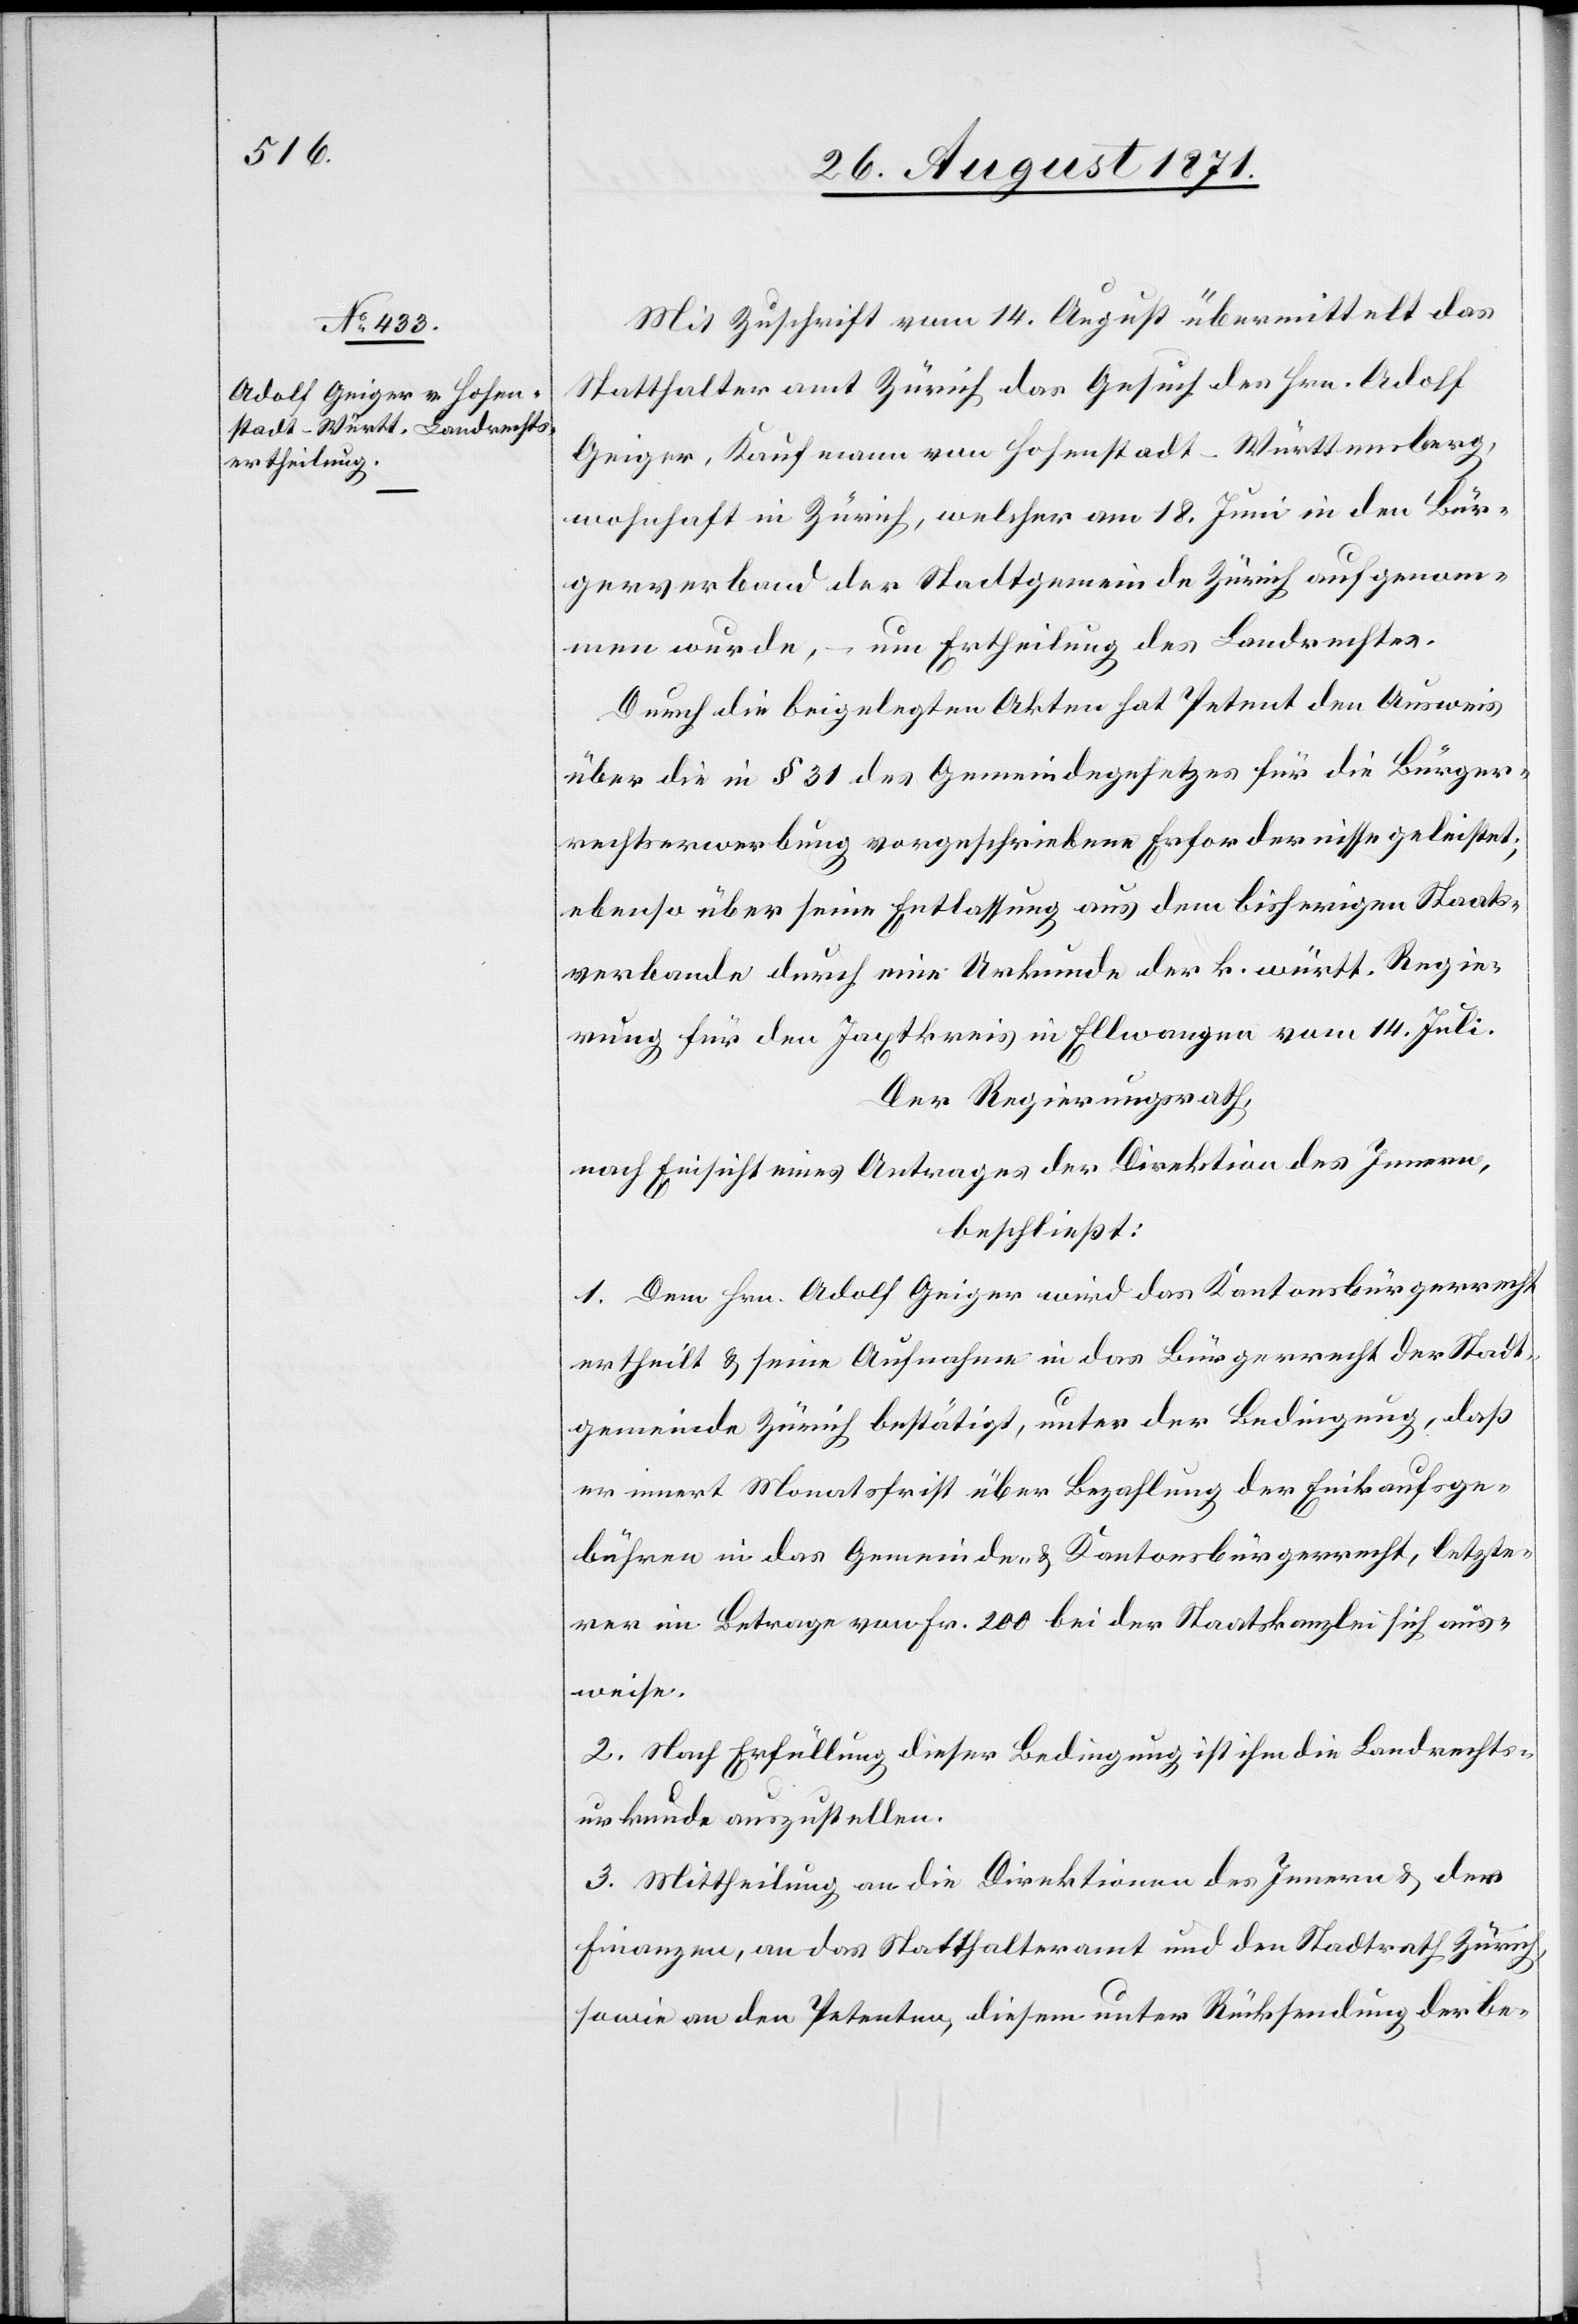
Mit Zuschrift vom 14. August übermittelt das
Statthalteramt Zürich das Gesuch des Hrn. Adolf
Geiger, Kaufmann von Hohenstadt-Württemberg,
wohnhaft in Zürich, welcher am 18. Juni in den Bür¬
gerverband der Stadtgemeinde Zürich aufgenom¬
men wurde, – um Ertheilung des Landrechtes.
Durch die beigelegten Akten hat Petent den Ausweis
über die in § 31 des Gemeindegesetzes für die Bürger¬
schaftserwerbung vorgeschriebenen Erfordernisse geleistet;
ebenso über seine Entlassung aus dem bisherigen Staats¬
verbande durch eine Urkunde der k. württ. Regie¬
rung für den Jaxtkreis in Ellwangen vom 14. Juli.
Der Regierungsrath,
nach Einsicht eines Antrages der Direktion des Innern,
beschließt:
1. Dem Hrn. Adolf Geiger wird das Kantonsbürgerrecht
ertheilt & seine Aufnahme in das Bürgerrecht der Stadt¬
gemeinde Zürich bestätigt, unter der Bedingung, daß
er innert Monatsfrist über Bezahlung der Einkaufsge¬
bühren in das Gemeinde- & Kantonsbürgerrecht, letzte¬
rer im Betrage von Fr. 200 bei der Staatskanzlei sich aus¬
weise.
2. Nach Erfüllung dieser Bedingung ist ihm die Landrechts¬
urkunde auszustellen.
3. Mittheilung an die Direktionen des Innern & der
Finanzen, an das Statthalteramt und den Stadtrath Zürich,
sowie an den Petenten, diesem unter Rücksendung der be-